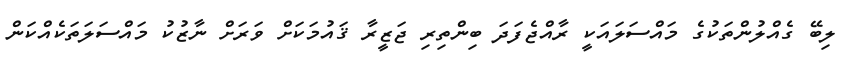
ލިބޭ ގެއްލުންތަކުގެ މައްސަލައަކީ ރާއްޖެފަދަ ބިންތިރި ޖަޒީރާ ޤައުމަކަށް ވަރަށް ނާޒުކު މައްސަލަތަކެއްކަން